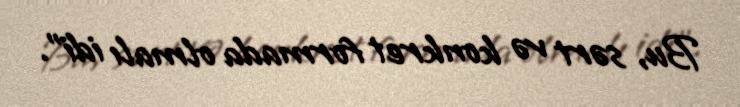
Bu, sərt və konkret formada olmalı idi”.